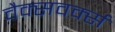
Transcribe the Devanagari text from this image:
वैक्सवर्क्स